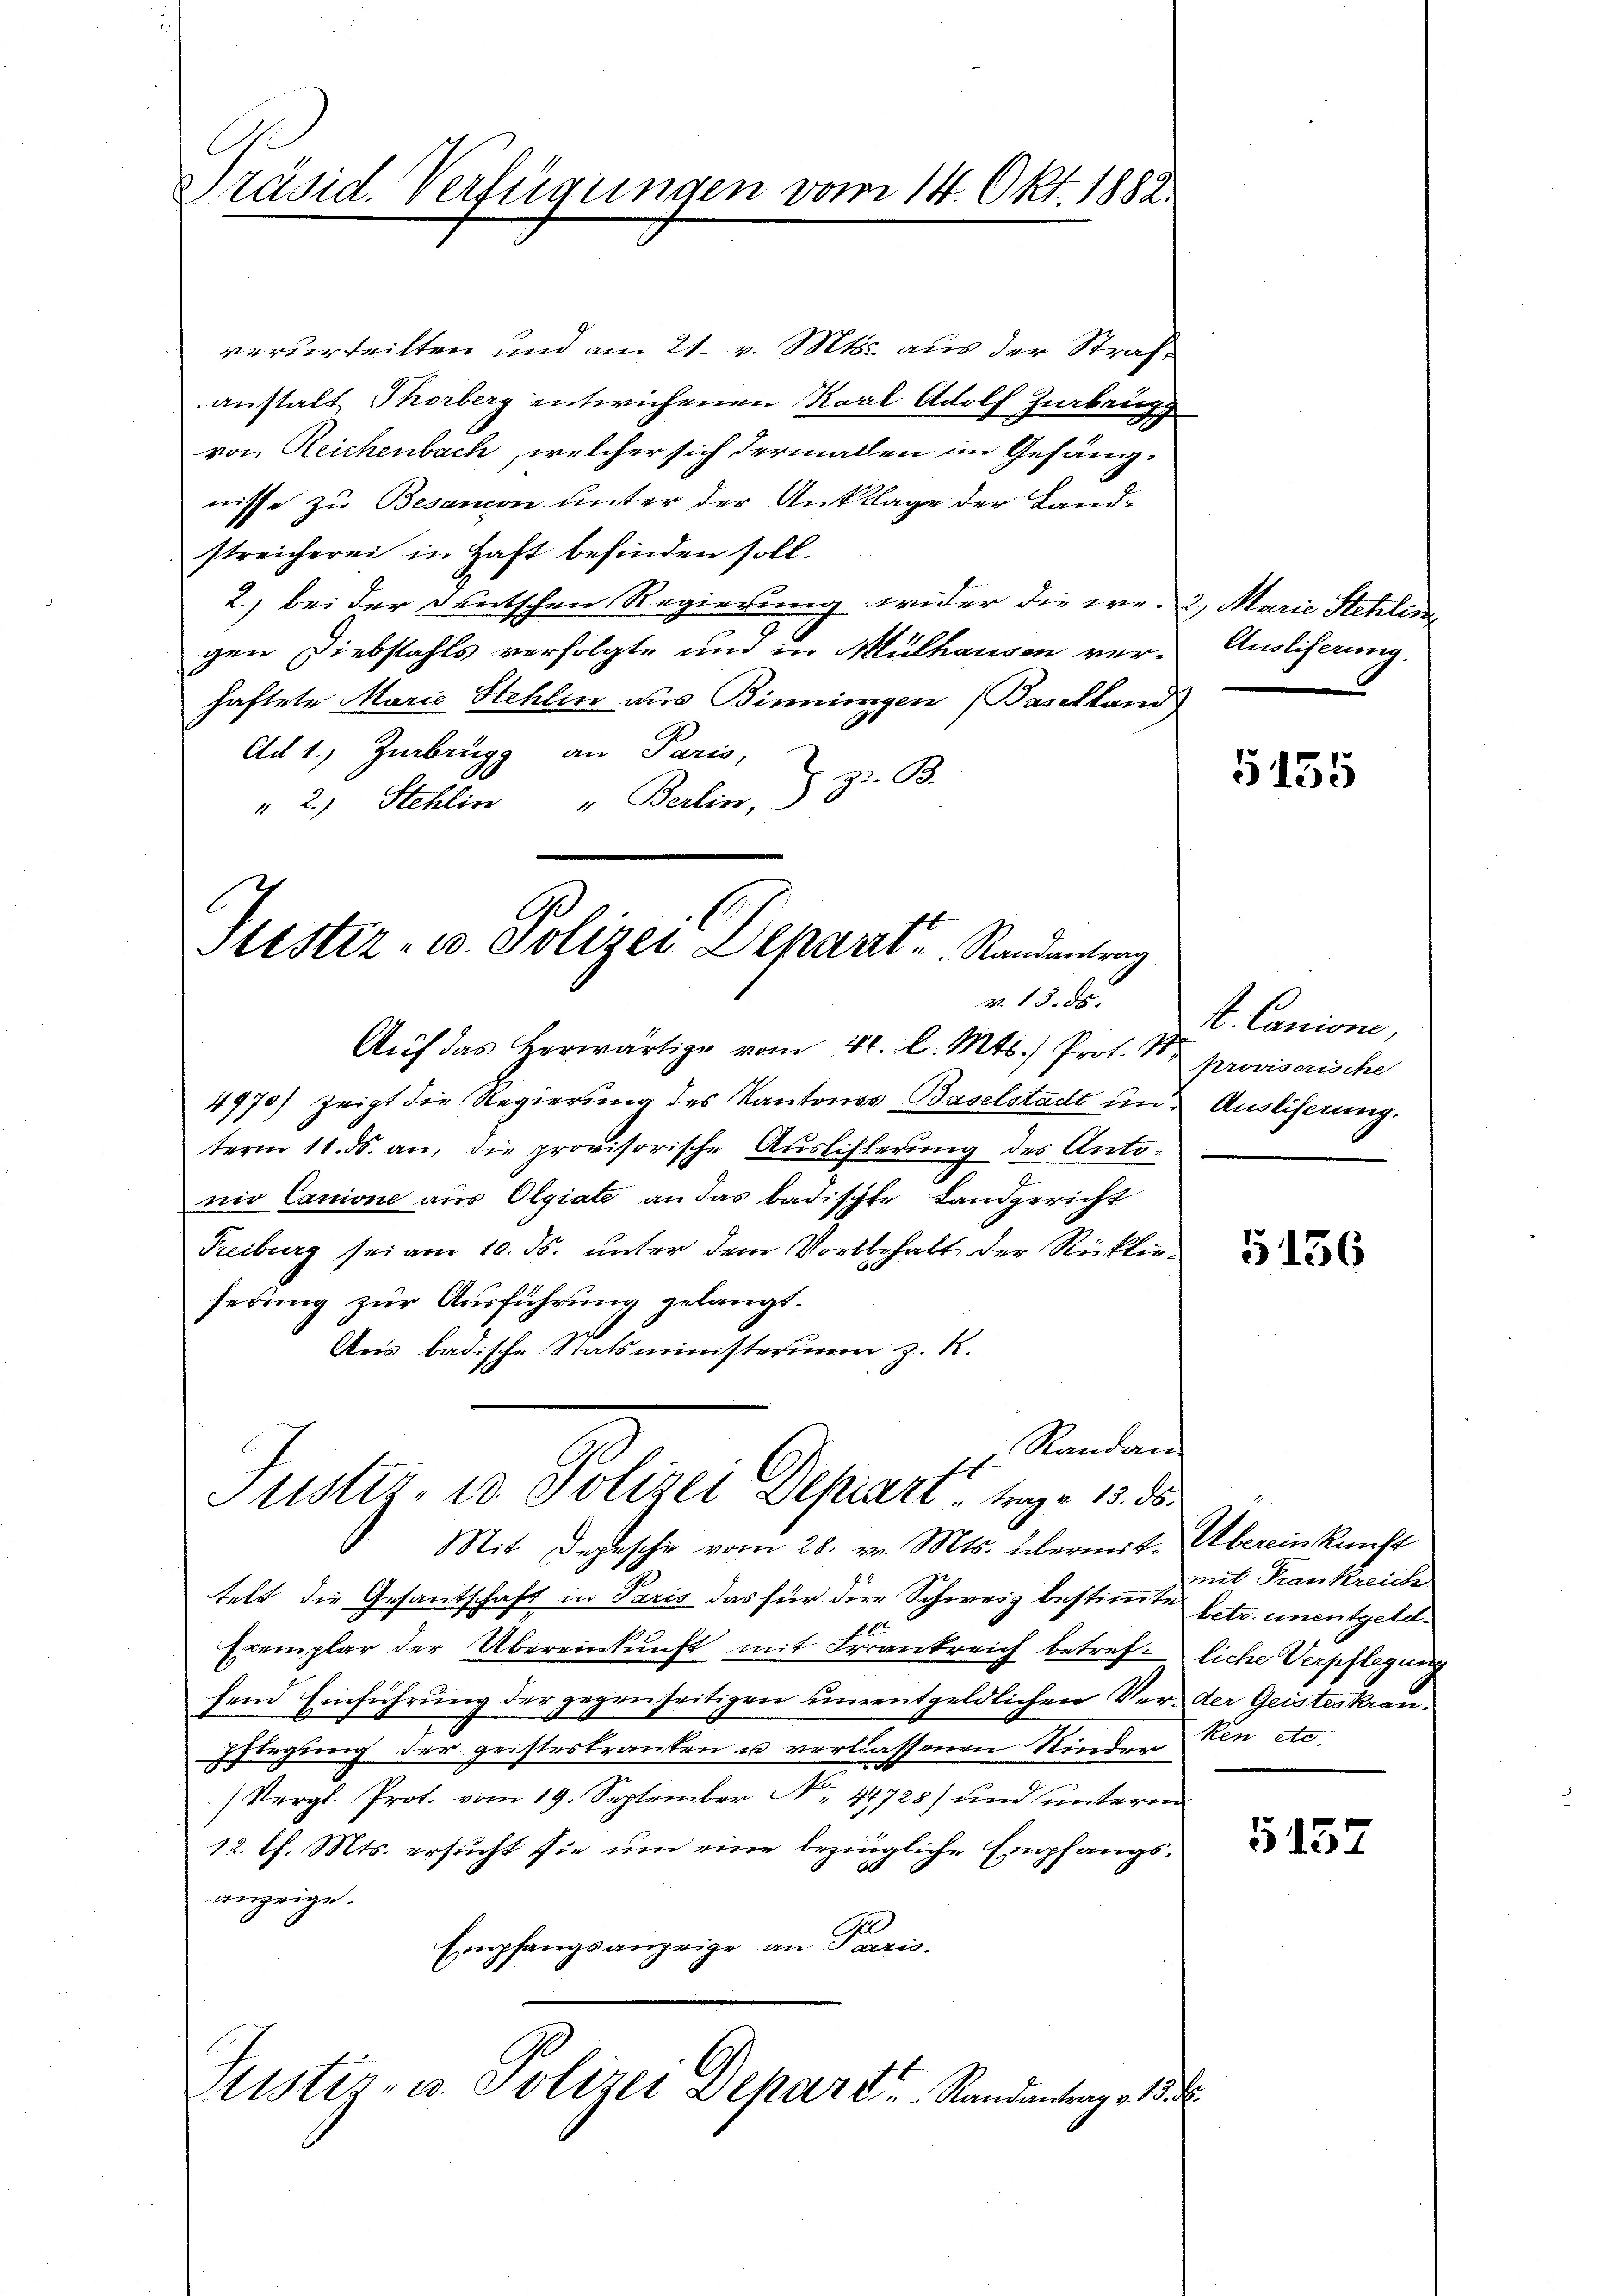
Präsid. Verfügungen vom 14. Okt. 1882.

verurteilten und am 21. v. Mts. aus der Strafanstalt Thorberg entwichenen Karl Adolf Zurbrugg
von Reichenbach, welcher sich dermalen im Gefängnisse zu Besandon unter der Anklage der Landstreicherei in Haft befinden soll.
2.) bei der Deutschen Regierung wider die er. 2, Marie Stehlin
gen Diebstahls verfolgte und in Mülhausen ver-
haftete Marie Stehlin aus Binnungen (Baselland
Ad 1., Zurbrügg an Paris,
z. B.
" 2, Stehlin " Berlin,

G
Sistiz- u. Polizei Depart u. Randantrag

v. 13. ds.
Aŭf das herwärtige vom 4t. l. Mts.) Prof. St. Provisorische
4970) zeigt die Regierung des Kantones Baselstadt und Auslieferung.
term 11. ds. an, die provisorische Auslisterung des Antonio Canione aus Olgiate an das badischte Landgericht
Freiburg sei am 10. ds. unter dem Vorbehalt der Rücklieserung zur Ausführung gelangt.
i
Ans badische Statsministerim z. K.
Mit Depesche vom 28. v. Mts. übermit- Übereinkunft
telt die Gesantschaft in Paris das für die Schweiz bestimmte betr. unentgeld¬
Exemplar der Übereinkunft mit Frankreich betref- liche Verpflegung
fend Einführung der gegenseitigen unentgeldlichen Ver- der Geisteskranpflegung der geisteskranken u verlassenen Rinder den etc.
(Vergl. Prot. vom 19. September N. 41728) und unterm
12. l. Mts. ersucht sie um eine bezingliche Empfangsanzeige.
Empfangsanzeige an Paris.
Justiz- u. Polizei Depart Randantrag v. 18.

Randan
f
Justiz, u. Polizei Depart trage 13. 85.

Ausliserung

G155

t. Canione,

5136

mit Frankreich

5157